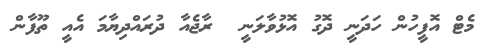
މެޓް އޮފީހުން ހަދަނީ ދޮގު އޮޅުވާލަނީ  ރާޖެއާ ދުރައްދިޔާމަ އެއީ ތޫފާން